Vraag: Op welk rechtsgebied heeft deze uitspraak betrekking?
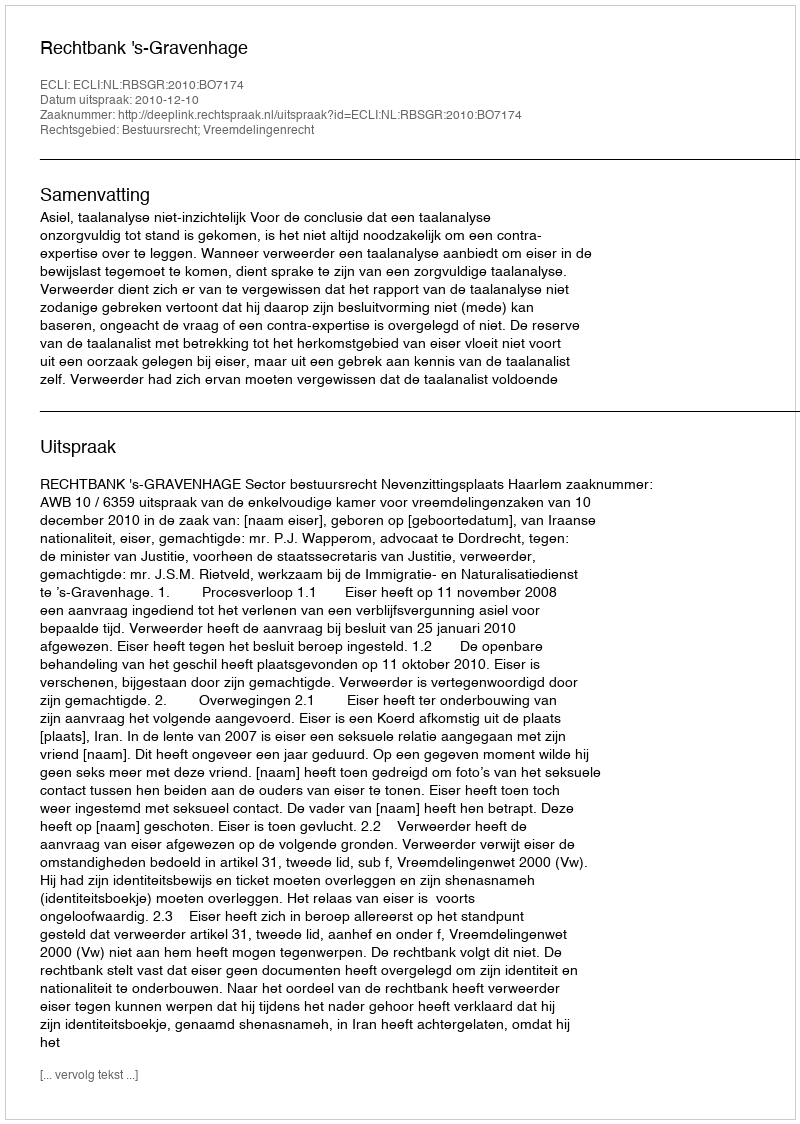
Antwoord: Bestuursrecht; Vreemdelingenrecht